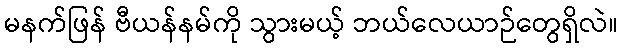
မနက်ဖြန် ဗီယန်နမ်ကို သွားမယ့် ဘယ်လေယာဉ်တွေရှိလဲ။